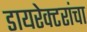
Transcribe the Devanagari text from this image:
डायरेक्टरांचा